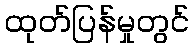
ထုတ်ပြန်မှုတွင်